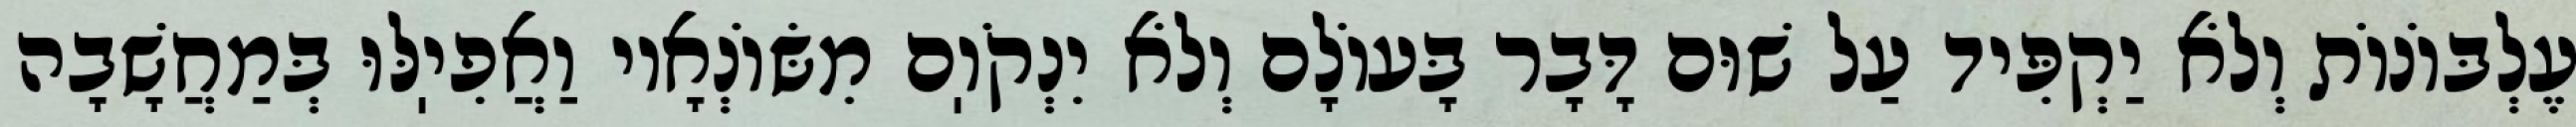
עֶלְבּוֹנוֹת וְלֹא יַקְפִּיד עַל שׁוּם דָּבָר בָּעוֹלָם וְלֹא יִנְקֹוֽם מִשּׂוֹנְאָיו וַאֲפִיֽלּוּ בְּמַחֲשָׁבָה